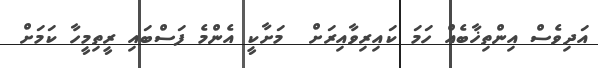
އަދިވެސް އިންތިޚާބެއް ހަމަ ކައިރިވާއިރަށް  މަށާކީ އެންމެ ފަސްބައި ރީތިމީހާ ކަމަށް